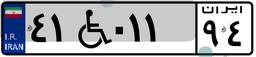
۴۱W۰۱۱۹۴